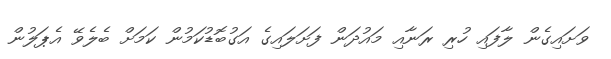
ވަށައިގެން ލާފައި ހުރި ރަނާއި މައުދަން ފަށަލައިގެ އަގުބޮޑުކަމުން ކަމަށް ބެލެވޭ އެޕަލުން